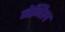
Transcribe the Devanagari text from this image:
जेनिल